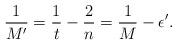
LaTeX: \begin{align*}\frac{1}{M'} = \frac{1}{t}-\frac{2}{n} = \frac{1}{M} - \epsilon'.\end{align*}